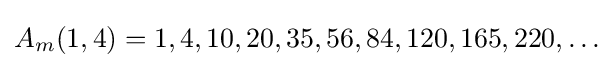
A_{m}(1,4)=1,4,10,20,35,56,84,120,165,220,\ldots